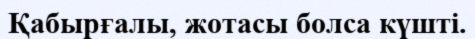
Қабырғалы, жотасы болса күшті.